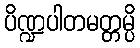
ပိဏ္ဍပါတမတ္တမ္ပိ